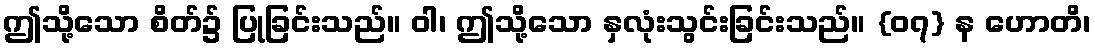
ဤသို့သော စိတ်၌ ပြုခြင်းသည်။ ဝါ၊ ဤသို့သော နှလုံးသွင်းခြင်းသည်။ {၀၇} န ဟောတိ၊